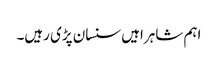
اہم شاہراہیں سنسان پڑی رہیں۔